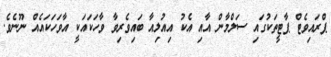
ޕްރައިވެޓް ޕާޓީތަކުގައި ސަލްމާން އާއި އެކު އިއުލިއާ ބައިވެރިވާ ވާހަކައަކީ އާވަހަކައެއް ނޫނެވެ.